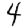
Digit: 4